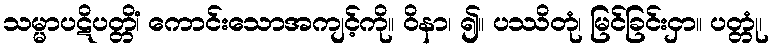
သမ္မာပဋိပတ္တိံ၊ ကောင်းသောအကျင့်ကို။ ဝိနာ၊ ၍။ ပဿိတုံ၊ မြင်ခြင်းငှာ။ ပတ္တုံ၊